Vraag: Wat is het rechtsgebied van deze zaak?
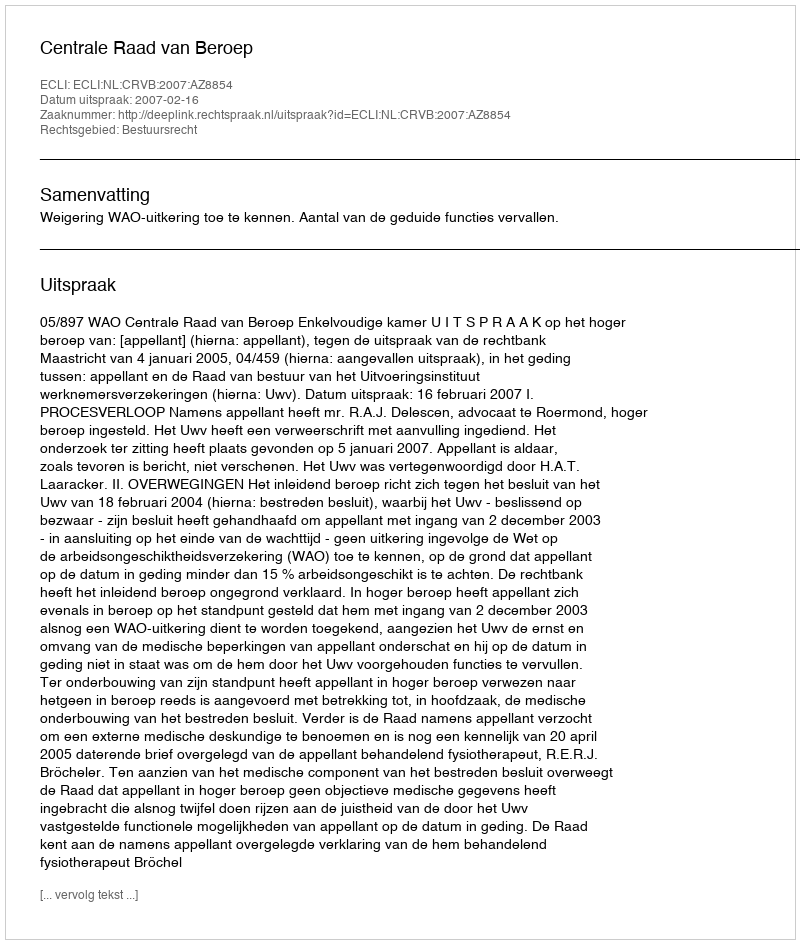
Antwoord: Bestuursrecht